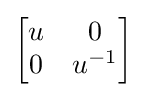
{\begin{bmatrix}u&0\\0&u^{-1}\end{bmatrix}}